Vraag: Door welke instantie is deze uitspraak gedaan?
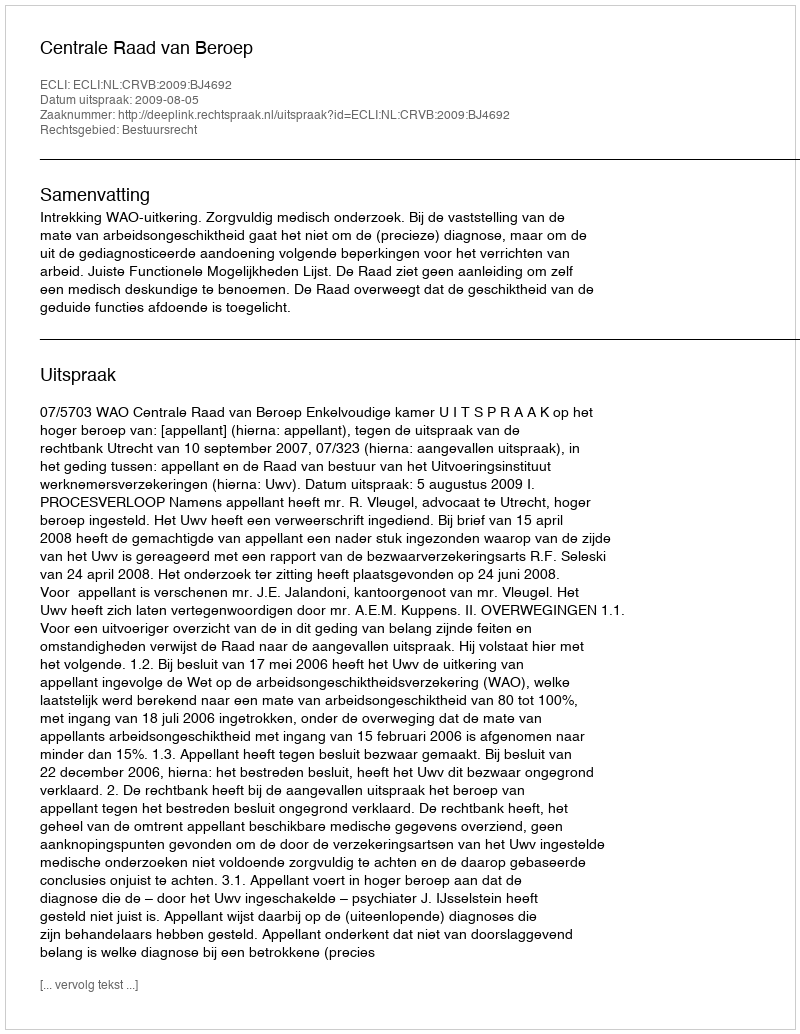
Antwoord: Centrale Raad van Beroep